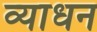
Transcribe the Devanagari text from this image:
व्याधन